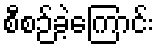
စီစဉ်ခဲ့ကြောင်း